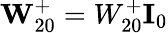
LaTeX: \textbf{W}_{20}^{+}=W_{20}^{+}\textbf{I}_{0}